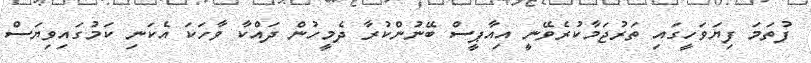
ފުތަމަ ފިޔަވަހީގައި ތަރުޖަމާކުރެވޭނީ އިއާޕީސް ބޭނުންކުރާ ދެމީހުން ދައްކާ ވާހަކަ އެކަނި ކަމުގައިވިޔަސް